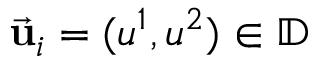
\vec { \bf u } _ { i } = ( u ^ { 1 } , u ^ { 2 } ) \in \mathbb { D }